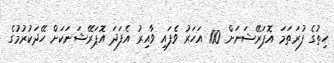
ހިތުގެ ފުރަތަމަ އޮޕަރޭޝަނަށް 100 އަހަރު ވެފައި ވާއިރު އެފަދަ އޮޕަރޭޝަނަކަށް ހޭދަކުރުމުގެ